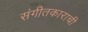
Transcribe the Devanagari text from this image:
संगीतकाराची